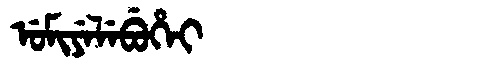
Manchu: ᡠᠮᡳᠶᡝᠯᡝᠪᡠᡥᡝᡳ
Romanization: UMIYELEBUHEI